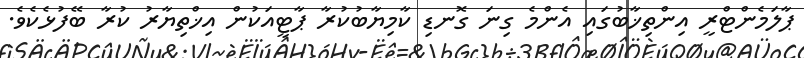
ޕާލަމެންޓްރީ އިންތިޚާބުގައި އެންމެ ގިނަ ގޮނޑި ކާމިޔާބުކުރާ ޕާޓީއަކުން އިޚްތިޔާރު ކުރާ ބޭފުޅެކެވެ.